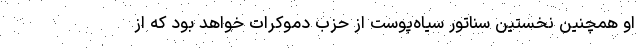
او همچنین نخستین سناتور سیاه‌پوست از حزب دموکرات خواهد بود که از